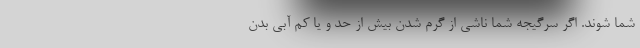
شما شوند. اگر سرگیجه شما ناشی از گرم شدن بیش از حد و یا کم آبی بدن